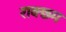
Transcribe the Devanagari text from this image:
राक्छम